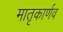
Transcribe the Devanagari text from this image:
मातृकार्णव